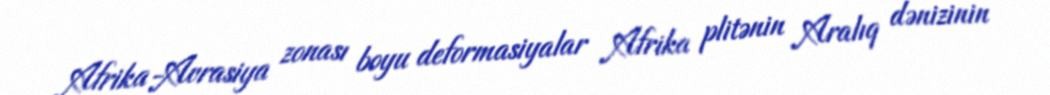
Afrika-Avrasiya zonası boyu deformasiyalar Afrika plitənin Aralıq dənizinin